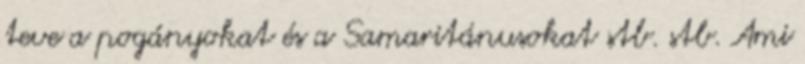
teve a pogányokat és a Samaritánusokat stb. stb. Ami